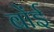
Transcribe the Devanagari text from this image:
बोंई